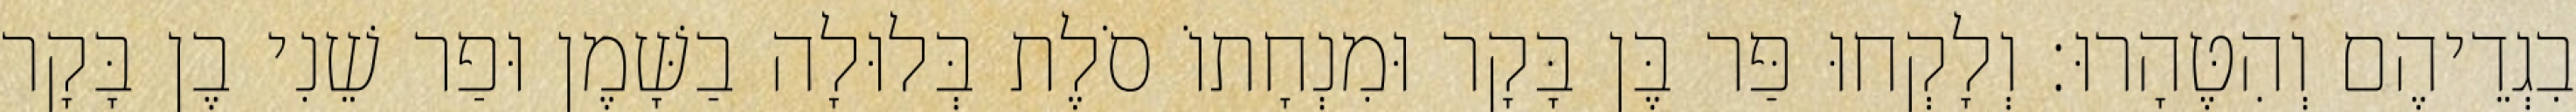
בִגְדֵיהֶם וְהִטֶּהָרוּ׃ וְלָקְחוּ פַּר בֶּן בָּקָר וּמִנְחָתוֹ סֹלֶת בְּלוּלָה בַשָּׁמֶן וּפַר שֵׁנִי בֶן בָּקָר